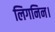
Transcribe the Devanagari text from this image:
लिगनिन।